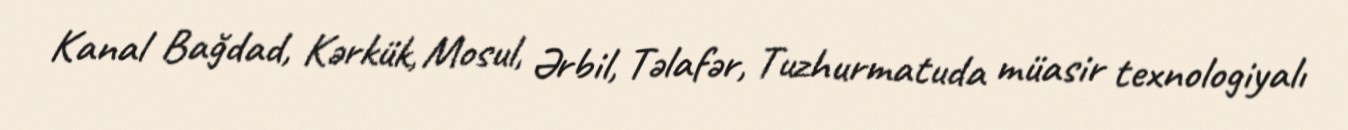
Kanal Bağdad, Kərkük, Mosul, Ərbil, Təlafər, Tuzhurmatuda müasir texnologiyalı